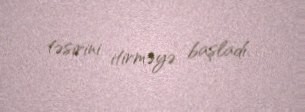
təsirini itirməyə başladı.